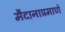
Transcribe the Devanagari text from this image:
मैदानाप्रमाणे